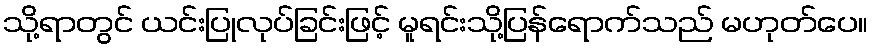
သို့ရာတွင် ယင်းပြုလုပ်ခြင်းဖြင့် မူရင်းသို့ပြန်ရောက်သည် မဟုတ်ပေ။